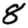
Digit: 8